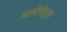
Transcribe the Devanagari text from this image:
अल्टेपेट्ल